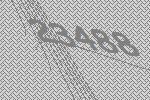
23488